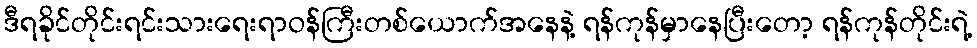
ဒီရခိုင်တိုင်းရင်းသားရေးရာဝန်ကြီးတစ်ယောက်အနေနဲ့ ရန်ကုန်မှာနေပြီးတော့ ရန်ကုန်တိုင်းရဲ့